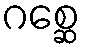
ဂစ္ဆေ